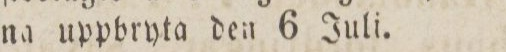
na uppbryta den 6 Juli.